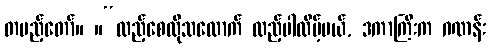
တပည့်တော်။ ။“ထည့်စေလိုသလောက် ထည့်ပါလိမ့်မယ်, ဒကာကြီးက ဂဏန်း